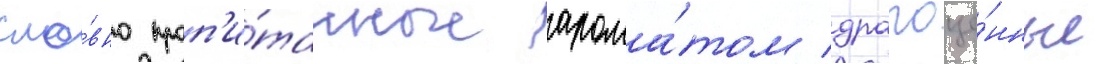
сло́вно проп'и́танные арома́том драгоце́нные